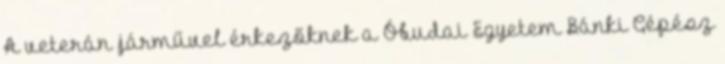
A veterán járművel érkezőknek a Óbudai Egyetem Bánki Gépész